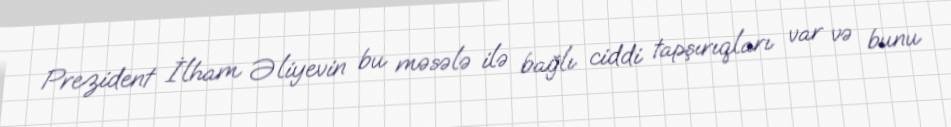
Prezident İlham Əliyevin bu məsələ ilə bağlı ciddi tapşırıqları var və bunu